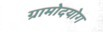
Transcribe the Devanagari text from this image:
ग्रामोदयोग